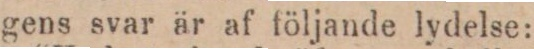
gens svar är af följande lydelse: